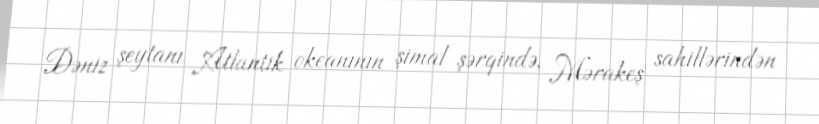
Dəniz şeytanı Atlantik okeanının şimal şərqində, Mərakeş sahillərindən